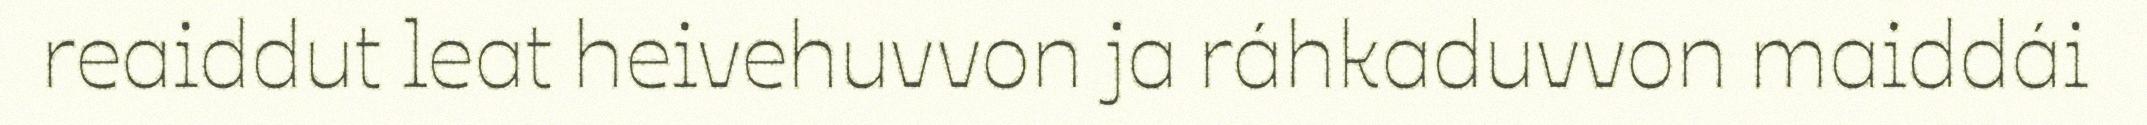
reaiddut leat heivehuvvon ja ráhkaduvvon maiddái